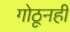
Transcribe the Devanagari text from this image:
गोठूनही